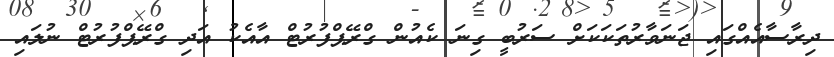
ދިރާސާއެއްގައި ޖަނަވާރުތަކަކަށް ސަރުބީ ގިނަ ކެއުން ގްރޭޕްފުރުޓް އާއެކު އަދި ގްރޭޕްފުރުޓް ނުލައި